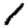
Digit: 1